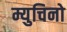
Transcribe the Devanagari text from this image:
म्युचिनो